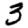
Digit: 3